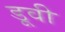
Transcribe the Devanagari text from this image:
डूवी